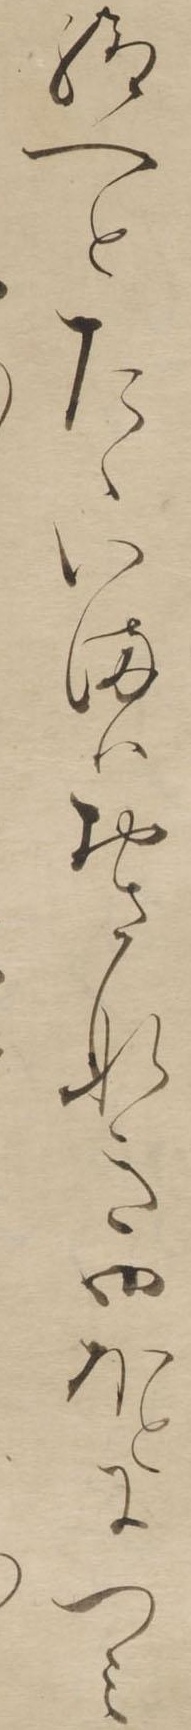
給へとたゝいまはおさなき御ほとにつみ